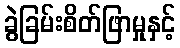
ခွဲခြမ်းစိတ်ဖြာမှုနှင့်